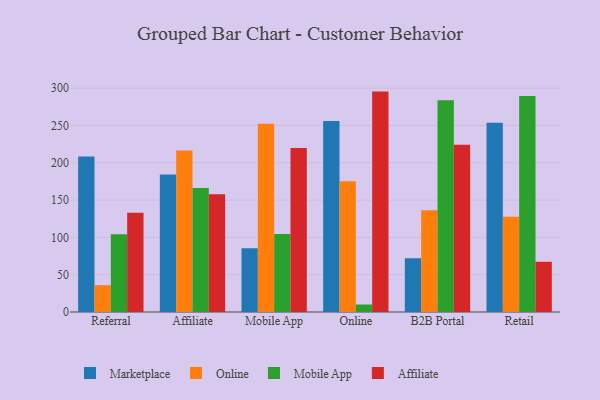
{"axis": {"x": "Channel", "y": "Market Share (%)"}, "legend": ["Affiliate", "Marketplace", "Mobile App", "Online"], "data": [{"x": "Referral", "y": 208.5, "type": "Marketplace"}, {"x": "Referral", "y": 36.0, "type": "Online"}, {"x": "Referral", "y": 104.3, "type": "Mobile App"}, {"x": "Referral", "y": 132.9, "type": "Affiliate"}, {"x": "Affiliate", "y": 184.4, "type": "Marketplace"}, {"x": "Affiliate", "y": 216.3, "type": "Online"}, {"x": "Affiliate", "y": 166.1, "type": "Mobile App"}, {"x": "Affiliate", "y": 157.7, "type": "Affiliate"}, {"x": "Mobile App", "y": 85.3, "type": "Marketplace"}, {"x": "Mobile App", "y": 252.2, "type": "Online"}, {"x": "Mobile App", "y": 104.4, "type": "Mobile App"}, {"x": "Mobile App", "y": 219.7, "type": "Affiliate"}, {"x": "Online", "y": 256.1, "type": "Marketplace"}, {"x": "Online", "y": 175.4, "type": "Online"}, {"x": "Online", "y": 10.0, "type": "Mobile App"}, {"x": "Online", "y": 295.4, "type": "Affiliate"}, {"x": "B2B Portal", "y": 71.9, "type": "Marketplace"}, {"x": "B2B Portal", "y": 136.5, "type": "Online"}, {"x": "B2B Portal", "y": 283.8, "type": "Mobile App"}, {"x": "B2B Portal", "y": 224.3, "type": "Affiliate"}, {"x": "Retail", "y": 253.5, "type": "Marketplace"}, {"x": "Retail", "y": 127.6, "type": "Online"}, {"x": "Retail", "y": 289.6, "type": "Mobile App"}, {"x": "Retail", "y": 67.3, "type": "Affiliate"}]}